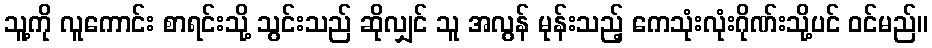
သူ့ကို လူကောင်း စာရင်းသို့ သွင်းသည် ဆိုလျှင် သူ အလွန် မုန်းသည့် ကေသုံးလုံးဂိုဏ်းသို့ပင် ဝင်မည်။